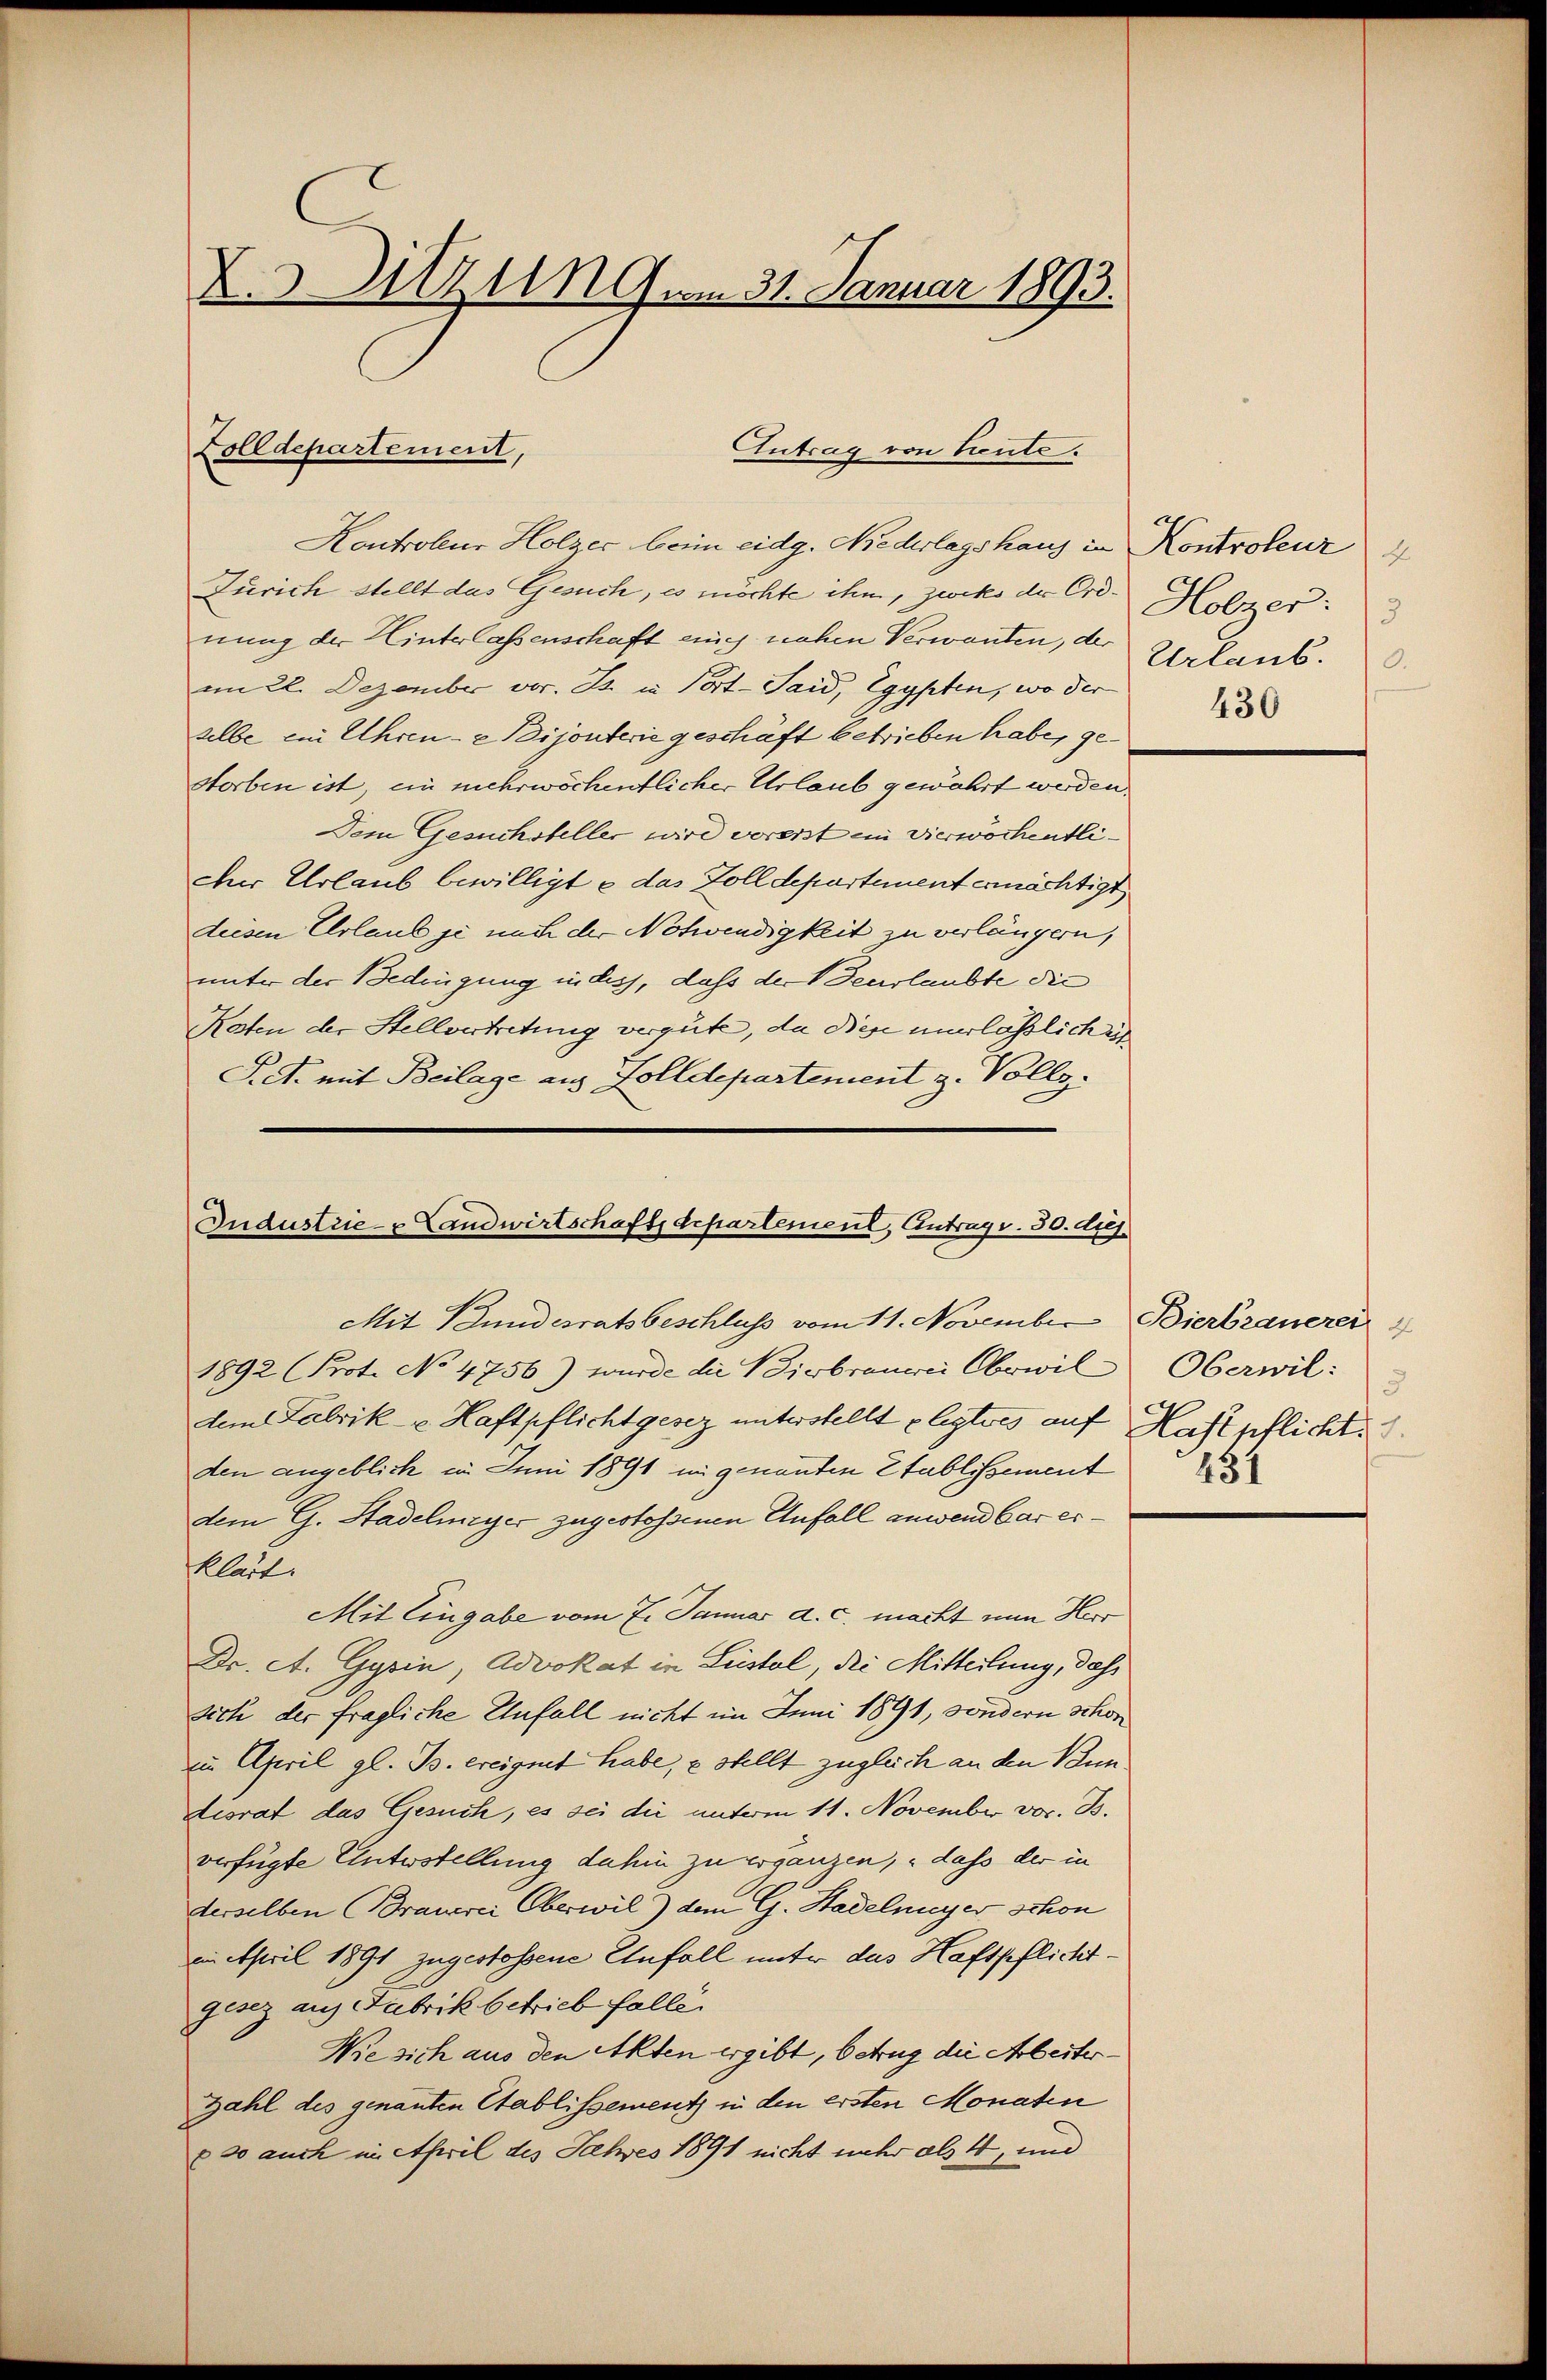
X.3 zu um 31. Januar 1893.

Kontroleur Holzer beim eidg. Niederlagshaus in Kontroleur
Zürich stellt das Gesuch, es möchte ihn, zweks der Ordnung der Hinterlassenschaft auch nahen Verwanden, der
im 22. Dezember vor. Zt. in Port-Said, Egypten, wo der
selbe ein Uhrene Dijonterie geschäft betrieben habe, gestorben ist, ein mehrwöchentlicher Urlaub gewährt werden.
Dem Gesuchsteller wird vorerst in Vierwöchentli¬
Der Urlaub bewilligte das Zolldepartement ernächtigt
deesen Urlaub je nach der Notwendigkeit zu verlängern,
unter der Bedingung in dess, dass der Zeerlaubte die
Katen der Stellvertretung vergute, da diese unerlässlich in
S.S. mit Beilage aus Zolldepartement z. Vollz

Zolldepartement,

Antrag von Lieute.

Industrie- & Landwirtschaftsdepartement, Antrag v. 30. diej
Mit Bundesratsbeschluss vom 11. November Bierbrauerei

Holzer:
3
Urlaub.
430

1892 (Prot. No 4756) wurde die Biebrauerei Oberwildem Fabrik- u. Haftpflichtgesez unterstellt elegtes auf Haftpflicht.
den angeblich in Juni 1891 in genannten Stablissement
dem G. Stadelmeyer zugestossenen Anfall anwendbar er¬
Klarti
Mit Eingabe vom 7. Januar d. c. macht nun Herr
Dr. A. Gysin, Advokat in Leistal, die Mitteilung, dass
sich der fragliche Unfall nicht im Juni 1891, sondern schon
iu April gl. B. ereignet habe, & stellt zugleich an den Bun
desrat das Gesuch, es sei die unterm 11. November vor. B.
verfügte Unterstellung dahin zu ergänzen, dass der in
derselben Brauerei Oberwil) dem G. Stadelmuyer schon
in April 1891 zugestossene Unfall unter das Haftpflichtgesez aus Fabrik betrieb falle.
Wie sich aus den Akten ergibt, betrug die Arbeiter¬
Zahl des genanten Etablissement in den ersten Monaten
eso auch in April des Jahres 1891 nicht mehr als 4, und

d
Oberwil:
5
234